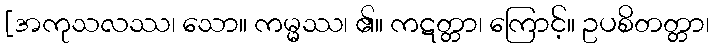
[အကုသလဿ၊ သော။ ကမ္မ္မဿ၊ ၏။ ကဋတ္တာ၊ ကြောင့်။ ဥပစိတတ္တာ၊